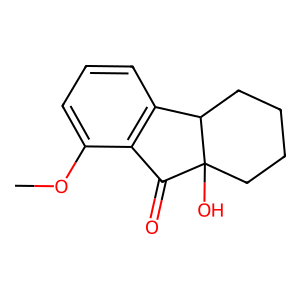
SMILES: COc1cccc2c1C(=O)C1(O)CCCCC21
Inhibits HIV replication: No